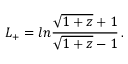
\nonumber L _ { + } = l n { \frac { \sqrt { 1 + z } + 1 } { \sqrt { 1 + z } - 1 } } \, .